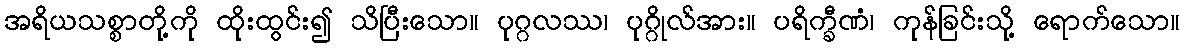
အရိယသစ္စာတို့ကို ထိုးထွင်း၍ သိပြီးသော။ ပုဂ္ဂလဿ၊ ပုဂ္ဂိုလ်အား။ ပရိက္ခီဏံ၊ ကုန်ခြင်းသို့ ရောက်သော။